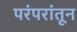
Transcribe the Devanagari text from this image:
परंपरांतून